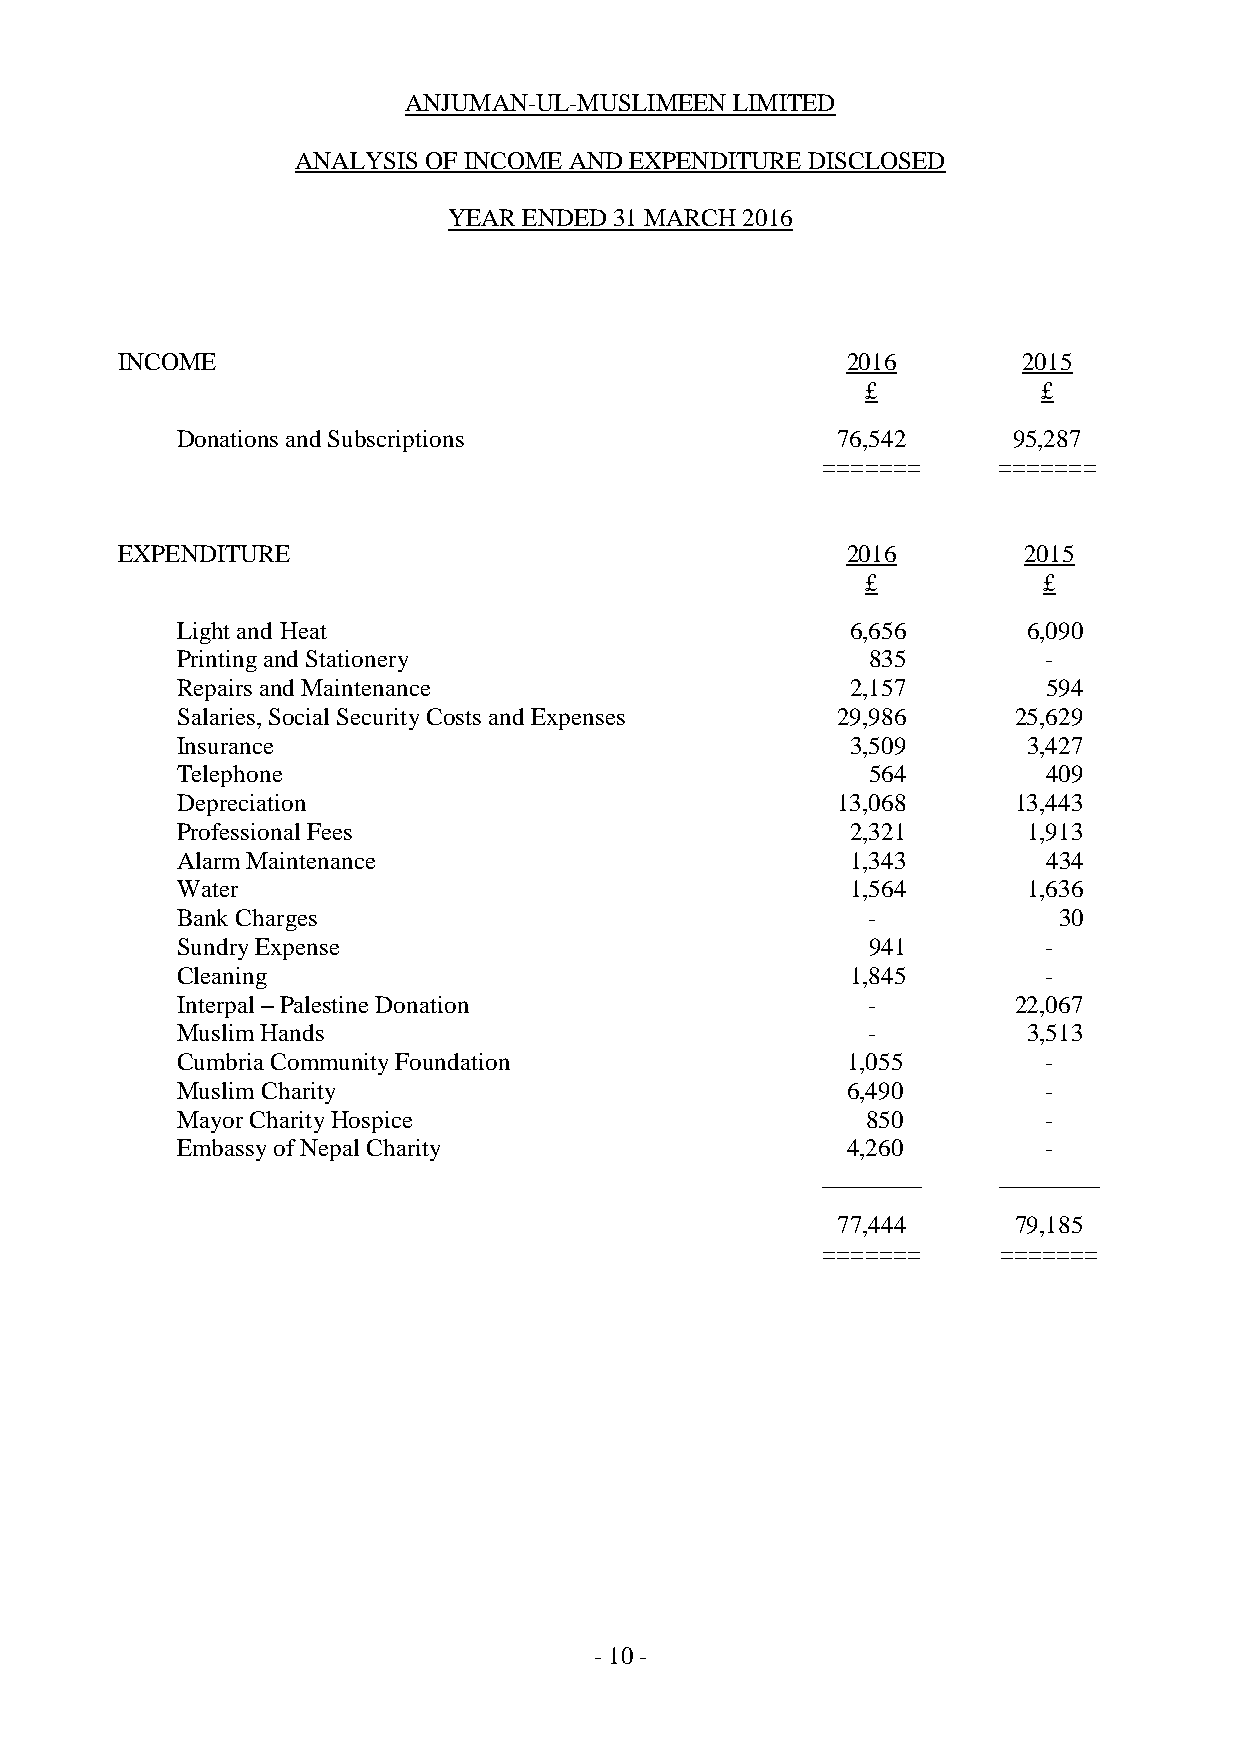
ANJUMAN-UL-MUSLIMEEN LIMITED
 ANALYSIS OF INCOME AND EXPENDITURE DISCLOSED
 YEAR ENDED 31 MARCH 2016
 INCOME                                          2016        2015
 £           £
 Donations and Subscriptions                76,542      95,287
 =======     =======
 EXPENDITURE                                     2016        2015
 £           £
 Light and Heat                              6,656       6,090
 Printing and Stationery                      835         -
 Repairs and Maintenance                     2,157        594
 Salaries, Social Security Costs and Expenses 29,986    25,629
 Insurance                                   3,509       3,427
 Telephone                                    564         409
 Depreciation                               13,068      13,443
 Professional Fees                           2,321       1,913
 Alarm Maintenance                           1,343        434
 Water                                       1,564       1,636
 Bank Charges                                 -            30
 Sundry Expense                               941         -
 Cleaning                                    1,845        -
 Interpal – Palestine Donation                -         22,067
 Muslim Hands                                 -          3,513
 Cumbria Community Foundation                1,055        -
 Muslim Charity                              6,490        -
 Mayor Charity Hospice                        850         -
 Embassy of Nepal Charity                    4,260        -
 ________    ________
 77,444      79,185
 =======     =======
 - 10 -